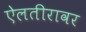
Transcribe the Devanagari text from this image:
ऐलतीरावर